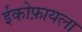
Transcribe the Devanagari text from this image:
ईकोफ़ायला